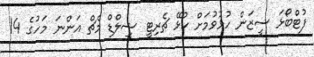
ފުޓްބޯޅަ ސީޒަން ހުޅުވުމަށް ކުޅޭ ޗެރިޓީ ޝީލްޑް މެޗް އަންނަ މަހުގެ 14